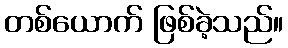
တစ်ယောက် ဖြစ်ခဲ့သည်။